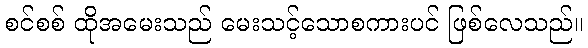
စင်စစ် ထိုအမေးသည် မေးသင့်သောစကားပင် ဖြစ်လေသည်။